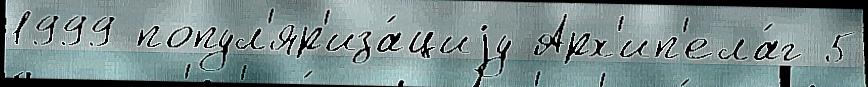
1999 попул'яр'иза́циjу Арх'ип'ела́г 5